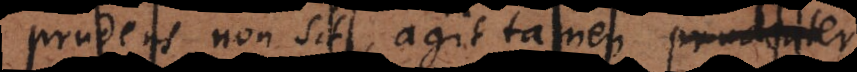
prudens non sit, agit tamen